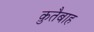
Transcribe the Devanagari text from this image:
क़ुतैबाह